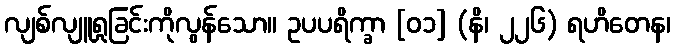
လျစ်လျူရှုခြင်းကိုလွန်သော။ ဥပပရိက္ခာ [၀၁] (နိ၊ ၂၂၆) ရဟိတေန၊